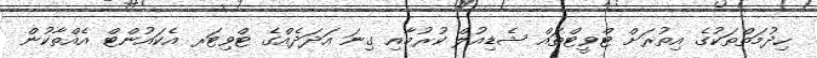
ހިދުމަތްތަކުގެ އިތުރަށް ޓްވީޓްތައް ޝެޑިއުލް ކުރުމާއި ގިނަ އަދަދެއްގެ ޓްވިޓަރ އެކައުންޓް އެއްތާކުން